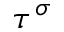
\tau ^ { \sigma }